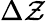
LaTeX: \Delta\mathcal{Z}